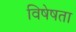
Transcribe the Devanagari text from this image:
विषेषता